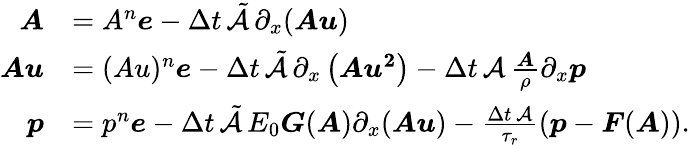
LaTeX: \begin{array}{rl}{\boldsymbol{A}}&{=A^{n}\boldsymbol{e}-\Delta t\, \tilde{\mathcal{A}}\, \partial_{x}(\boldsymbol{Au})}\\ {\boldsymbol{Au}}&{=(Au)^{n}\boldsymbol{e}-\Delta t\, \tilde{\mathcal{A}}\, \partial_{x}\left(\boldsymbol{Au^{2}}\right)-\Delta t\, \mathcal{A}\, \frac{\boldsymbol{A}}{\rho}\partial_{x}\boldsymbol{p}}\\ {\boldsymbol{p}}&{=p^{n}\boldsymbol{e}-\Delta t\, \tilde{\mathcal{A}}\, E_{0}\boldsymbol{G}(\boldsymbol{A})\partial_{x}(\boldsymbol{Au})-\frac{\Delta t\, \mathcal{A}}{\tau_{r}}\left(\boldsymbol{p}-\boldsymbol{F}(\boldsymbol{A})\right).}\end{array}